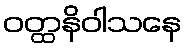
ဝတ္ထနိဝါသနေ